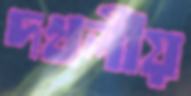
দখলীয়